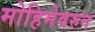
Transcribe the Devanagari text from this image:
मोहिमेवरुन